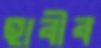
হাবীব